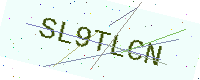
Text: SL9TLCN